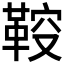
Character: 𲊞